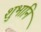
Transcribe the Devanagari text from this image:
शुभानि